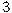
3